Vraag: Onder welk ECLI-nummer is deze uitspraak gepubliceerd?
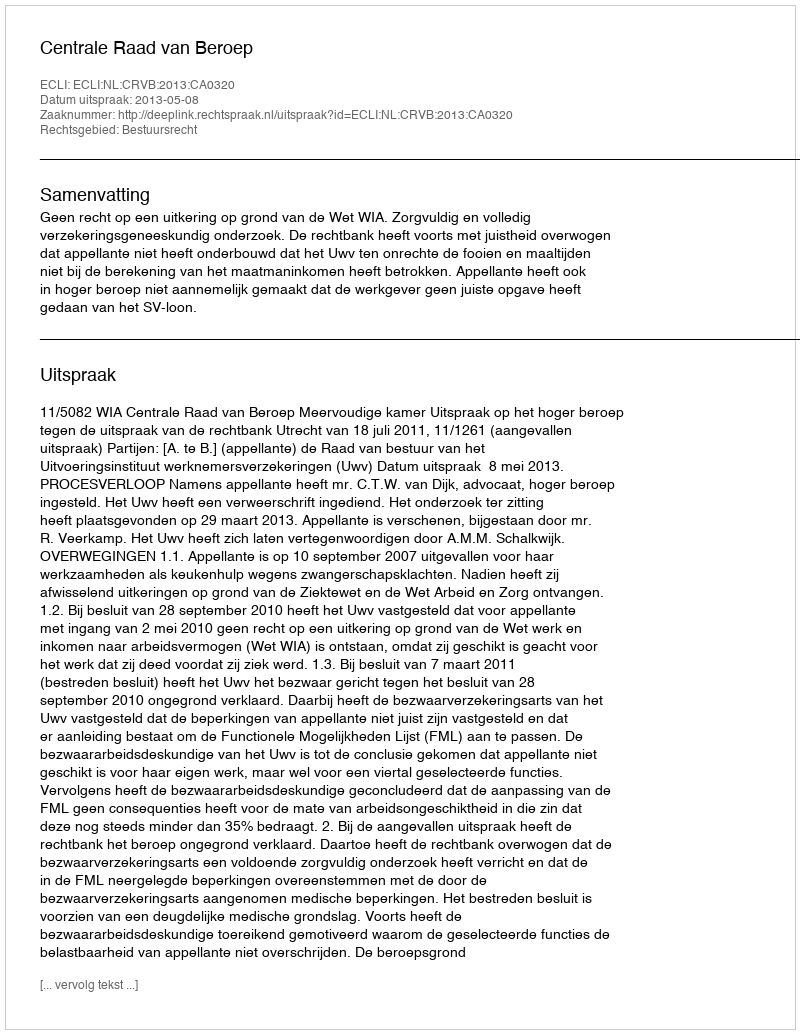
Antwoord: ECLI:NL:CRVB:2013:CA0320